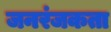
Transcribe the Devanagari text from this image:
जनरंजकता